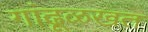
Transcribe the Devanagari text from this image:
गांढूळखत